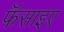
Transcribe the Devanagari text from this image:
फॅसाइए